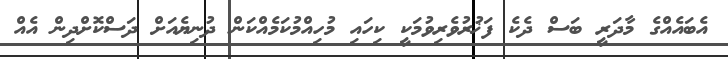
އެބައެއްގެ މާދަރީ ބަސް ދެކެ ފަޚުރުވެރިވުމަކީ ކިހައި މުހިއްމުކަމެއްކަން ދުނިޔެއަށް ދަސްކޮށްދިން އެއް